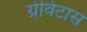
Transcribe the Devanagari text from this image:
ग्रेविटास